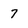
Character: 7